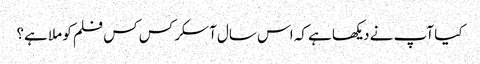
کیا آپ نے دیکھا ہے کہ اس سال آسکر کس کس فلم کو ملا ہے؟